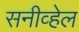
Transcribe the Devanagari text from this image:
सनीव्हेल